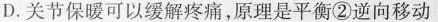
D.关节保暖可以缓解疼痛，原理是平衡②逆向移动